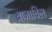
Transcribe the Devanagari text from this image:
ब्राज़ाविल